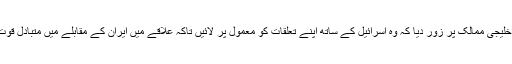
صدر ٹرمپ نے خلیجی ممالک پر زور دیا کہ وہ اسرائیل کے ساتھ اپنے تعلقات کو معمول پر لائیں تاکہ علاقے میں ایران کے مقابلے میں متبادل قوت سامنے آ سکے۔